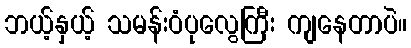
ဘယ့်နှယ့် သမန်းဝံပုလွေကြီး ကျနေတာပဲ။